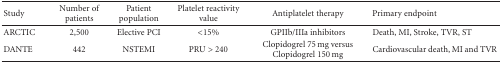
<table><thead><tr><td><b> Study</b></td><td><b>Number of patients</b></td><td><b>Patient population</b></td><td><b>Platelet reactivity value</b></td><td><b>Antiplatelet therapy</b></td><td><b>Primary endpoint</b></td></tr></thead><tbody><tr><td>ARCTIC</td><td>2,500</td><td>Elective PCI</td><td>&lt;15%</td><td>GPIIb/IIIa inhibitors</td><td>Death, MI, Stroke, TVR, ST</td></tr><tr><td>DANTE</td><td>442</td><td>NSTEMI</td><td>PRU &gt; 240</td><td>Clopidogrel 75 mg versus Clopidogrel 150 mg</td><td>Cardiovascular death, MI and TVR</td></tr></tbody></table>